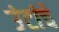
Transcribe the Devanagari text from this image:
उंटांचे